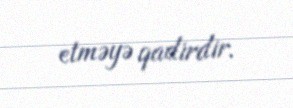
etməyə qadirdir.